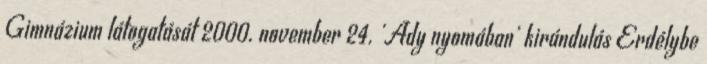
Gimnázium látogatását 2000. november 24. 'Ady nyomában' kirándulás Erdélybe